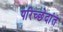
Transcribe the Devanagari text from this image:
परिच्छेदांत